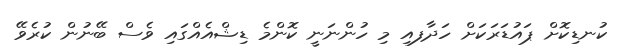
ކުނޑިކޮށް ޕައުޑަރަކަށް ހަދާފއި މި ހުންނަނީ ކޮންމެ ޑިޝްއެއްގައި ވެސް ބޭނުން ކުރެވޭ